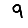
Digit: 9